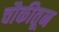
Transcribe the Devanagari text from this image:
चौकीतून